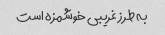
به طرز غریبی خوشمزه است